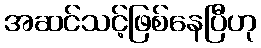
အဆင်သင့်ဖြစ်နေပြီဟု